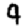
Digit: 9